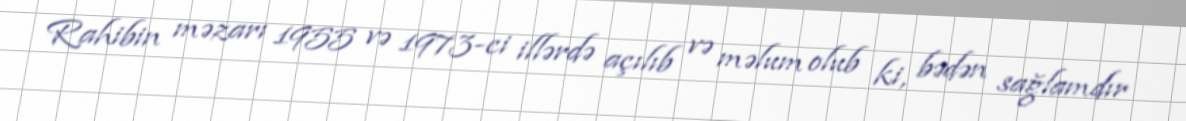
Rahibin məzarı 1955 və 1973-ci illərdə açılıb və məlum olub ki, bədən sağlamdır